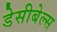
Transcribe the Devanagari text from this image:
डेसीबेल्स